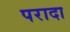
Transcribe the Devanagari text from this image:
परादा